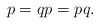
LaTeX: \begin{align*}p=qp=pq.\end{align*}